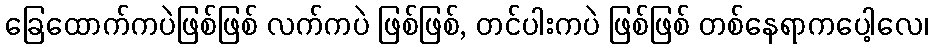
ခြေထောက်ကပဲဖြစ်ဖြစ် လက်ကပဲ ဖြစ်ဖြစ်, တင်ပါးကပဲ ဖြစ်ဖြစ် တစ်နေရာကပေါ့လေ၊